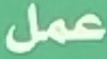
عمل